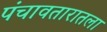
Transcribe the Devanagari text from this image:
पंचावतारातला